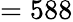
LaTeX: =588